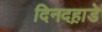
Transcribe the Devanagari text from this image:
दिनदह़ाडे